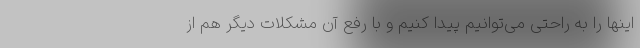
اینها را به راحتی می‌توانیم پیدا کنیم و با رفع آن مشکلات دیگر هم از